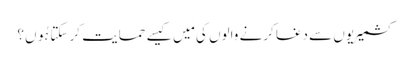
کشمیریوں سے دغا کرنے والوں کی مَیں کیسے حمایت کر سکتا ہُوں؟